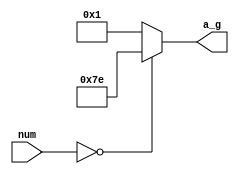
//7
`timescale 1ns/10ps
module  seg_dec(num, a_g);
input[3:0] num;
output[6:0] a_g;//

reg[6:0] a_g;
always@(num)begin
	case(num)
	4'd0:begin	a_g<=7'b111_1110;	end
	default:begin	a_g<=7'b000_0001;	end
	endcase
end
endmodule